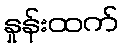
နှုန်းထက်